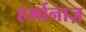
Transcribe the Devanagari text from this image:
हर्मानाज़